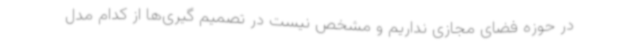
در حوزه فضای مجازی نداریم و مشخص نیست در تصمیم گیری‌ها از کدام مدل